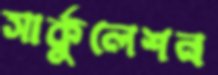
সার্কুলেশন